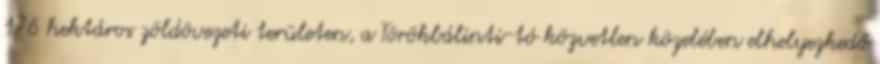
176 hektáros zöldövezeti területen, a Törökbálinti-tó közvetlen közelében elhelyezkedő